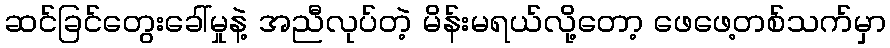
ဆင်ခြင်တွေးခေါ်မှုနဲ့ အညီလုပ်တဲ့ မိန်းမရယ်လို့တော့ ဖေဖေ့တစ်သက်မှာ